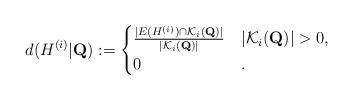
LaTeX: \begin{align*}d(H^{(i)}|\mathbf{Q}):= \begin{cases}\frac{|E(H^{(i)})\cap \mathcal{K}_i(\mathbf{Q})|}{|\mathcal{K}_i(\mathbf{Q})|} & |\mathcal{K}_i(\mathbf{Q})|>0,\\0&.\end{cases}\end{align*}